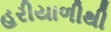
હરીયાળીથી